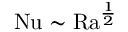
\mathrm { { N u } } \sim \mathrm { { R a } } ^ { \frac 1 2 }